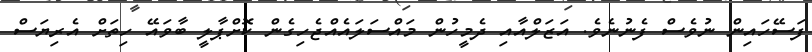
ފަސޭހައިން ނުވެސް ފެނުނެވެ. އަޒަލްއާއި ދެމީހުން މައްސަލައެއްޖެހިގެން ކޮށްޕާލީ ބާވައޭ ހިތަށް އެރިޔަސް